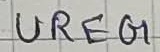
Text: UREG